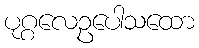
ပုဂ္ဂလေဥပေါသထော